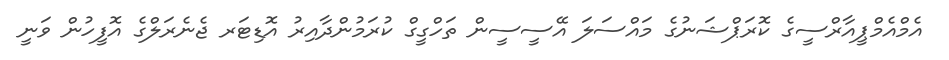
އެމްއެމްޕީއާރްސީގެ ކޮރަޕްޝަނުގެ މައްސަލަ އޭސީސީން ތަހްގީގް ކުރަމުންދާއިރު އޮޑިޓަރ ޖެނެރަލްގެ އޮފީހުން ވަނީ